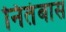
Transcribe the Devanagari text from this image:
नितंबास